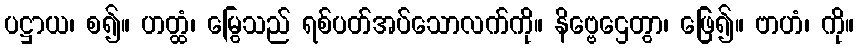
ပဋ္ဌာယ၊ စ၍။ ဟတ္ထံ၊ မြွေသည် ရစ်ပတ်အပ်သောလက်ကို။ နိဗ္ဗေဌေတွာ၊ ဖြေ၍။ ဗာဟံ၊ ကို။